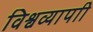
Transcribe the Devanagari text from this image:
विश्वव्यापाी